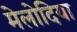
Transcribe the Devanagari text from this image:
मेलोदिया